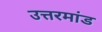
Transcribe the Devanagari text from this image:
उत्तरमांड